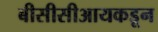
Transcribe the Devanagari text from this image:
बीसीसीआयकडून